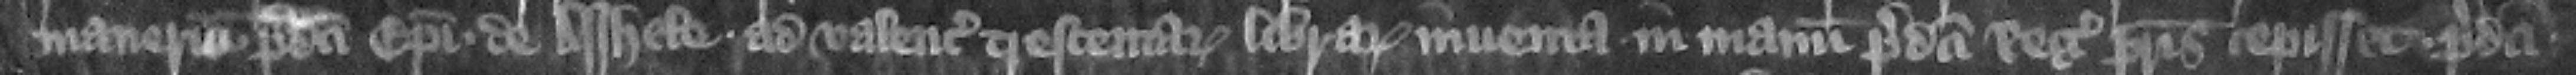
in manerio predicti episcopi de Asshele ad valenciam trescentarum librarum inuenta in manum predicti regis patris cepisset predicti